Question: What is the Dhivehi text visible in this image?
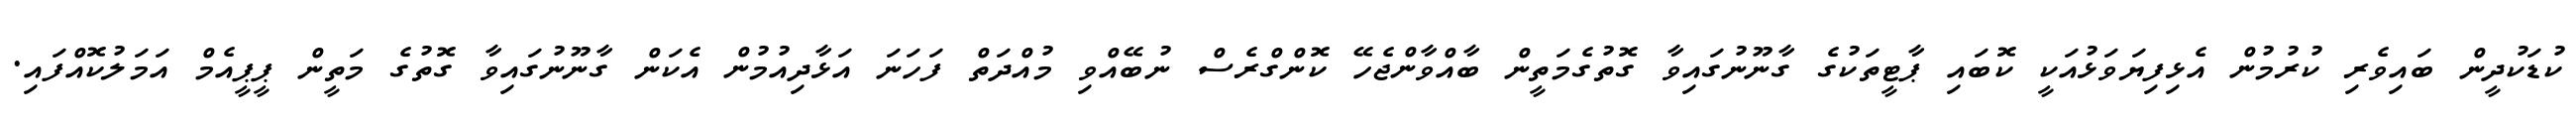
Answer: ކުޑަކުދީން ބައިވެރި ކުރުމުން އެޅިފިޔަވަޅުއަކީ ކޮބައި ޕާޓީތަކުގެ ގާނޫނުގައިވާ ގޮތުގެމަތީން ބާއްވާންޖެހޭ ކޮންގްރެސް ނުބޭއްވި މުއްދަތް ފަހަނަ އަޅާދިއުމުން އެކަން ގާނޫނުގައިވާ ގޮތުގެ މަތީން ޕީޕީއެމް އަމަލުކޮއްފައި.